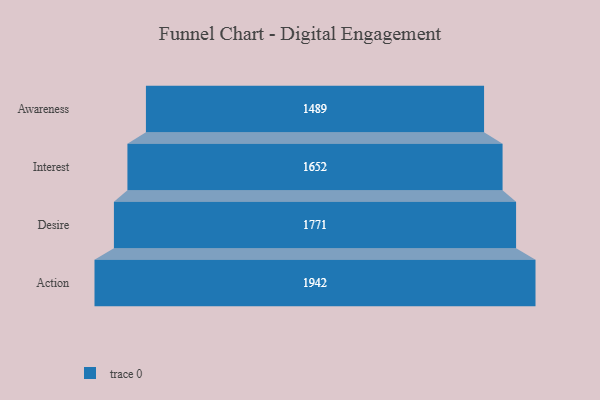
{"axis": {"x": "Stage", "y": "Value"}, "legend": [""], "data": [{"x": "Awareness", "y": 1489.0, "type": ""}, {"x": "Interest", "y": 1652.0, "type": ""}, {"x": "Desire", "y": 1771.0, "type": ""}, {"x": "Action", "y": 1942.0, "type": ""}]}